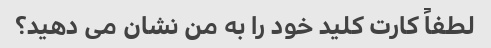
لطفاً کارت کلید خود را به من نشان می دهید؟